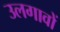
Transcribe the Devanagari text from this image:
उलगावों